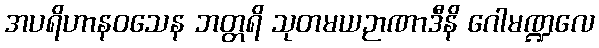
အပရိဟာနဝသေန ဘတ္တရိ သုတမယဉာဏာဒီနိ ဂေါမဏ္ဍလေ